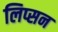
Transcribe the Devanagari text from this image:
लिप्सन